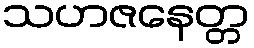
သဟဇနေတ္တ